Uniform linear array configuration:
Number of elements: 24
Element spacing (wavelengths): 1
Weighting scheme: exponential
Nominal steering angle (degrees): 15
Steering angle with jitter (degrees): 16.049
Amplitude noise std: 0.05
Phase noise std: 0.05

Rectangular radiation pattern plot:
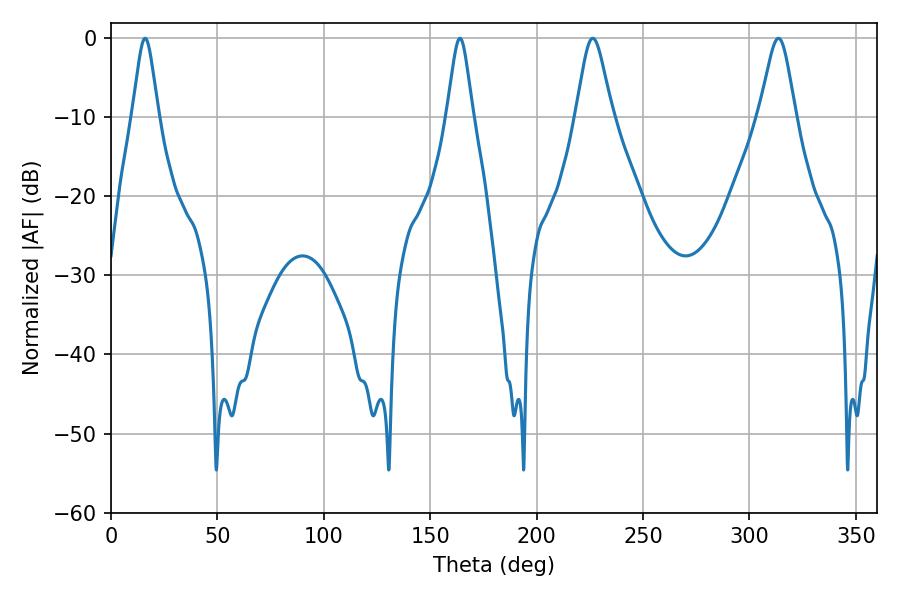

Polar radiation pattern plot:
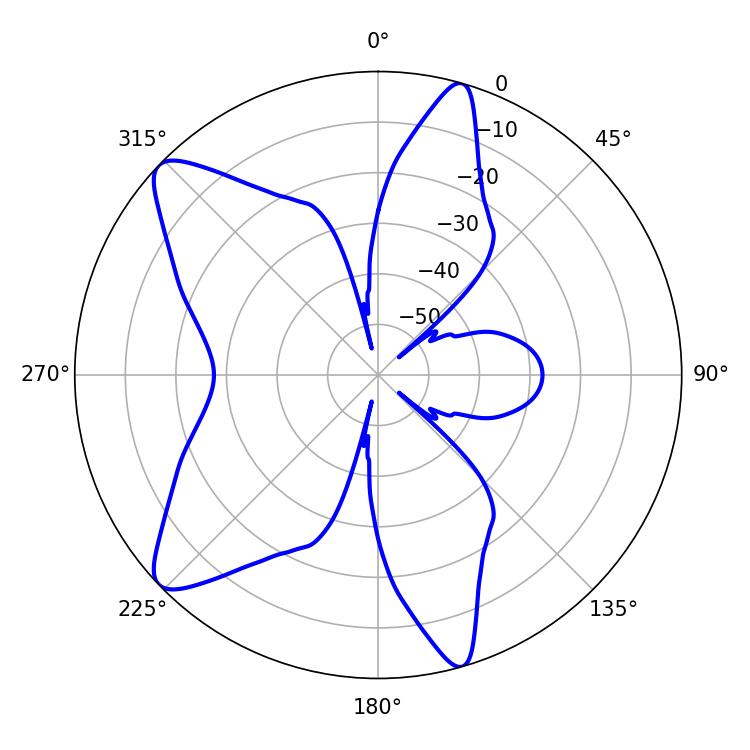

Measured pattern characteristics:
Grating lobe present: TRUE
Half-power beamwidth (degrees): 5.76
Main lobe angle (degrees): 16.02